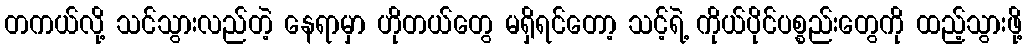
တကယ်လို့ သင်သွားလည်တဲ့ နေရာမှာ ဟိုတယ်တွေ မရှိရင်တော့ သင့်ရဲ့ ကိုယ်ပိုင်ပစ္စည်းတွေကို ထည့်သွားဖို့